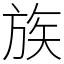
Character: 族